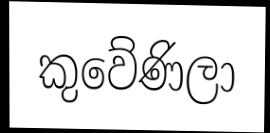
කුවේණිලා